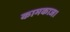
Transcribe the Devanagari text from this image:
कामकाज।